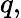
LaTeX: q,